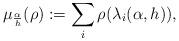
LaTeX: \begin{align*}\mu_{\frac{\alpha}{h}}(\rho) := \sum_i \rho(\lambda_i(\alpha,h)),\end{align*}